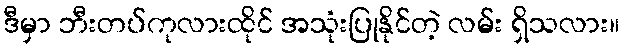
ဒီမှာ ဘီးတပ်ကုလားထိုင် အသုံးပြုနိုင်တဲ့ လမ်း ရှိသလား။